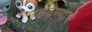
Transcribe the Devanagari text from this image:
उठवण्याचे